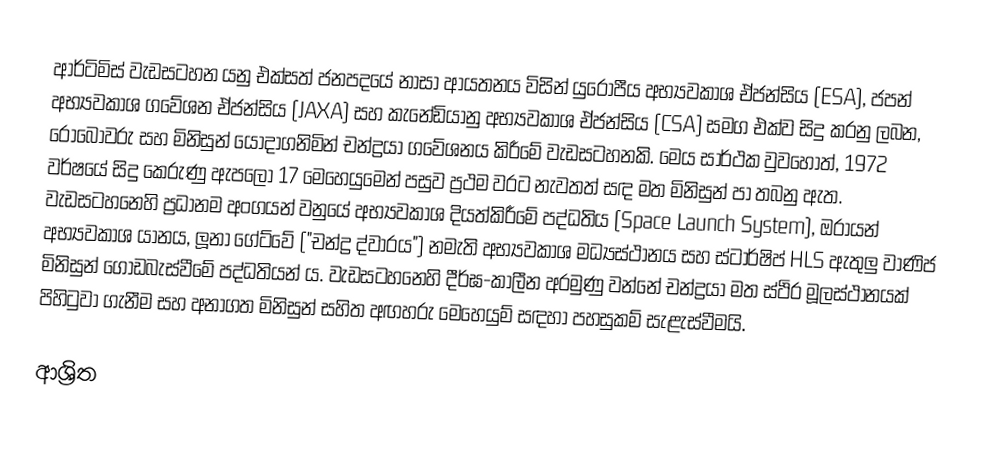
ආර්ටිමිස් වැඩසටහන යනු එක්සත් ජනපදයේ නාසා ආයතනය විසින් යුරෝපීය අභ්‍යවකාශ ඒජන්සිය (ESA), ජපන් අභ්‍යවකාශ ගවේශන ඒජන්සිය (JAXA) සහ කැනේඩියානු අභ්‍යවකාශ ඒජන්සිය (CSA) සමග එක්ව සිදු කරනු ලබන, රොබෝවරු සහ මිනිසුන් යොදාගනිමින් චන්ද්‍රයා ගවේශනය කිරීමේ වැඩසටහනකි. මෙය සාර්ථක වුවහොත්, 1972 වර්ෂයේ සිදු කෙරුණු ඇපලෝ 17 මෙහෙයුමෙන් පසුව ප්‍රථම වරට නැවතත් සඳ මත මිනිසුන් පා තබනු ඇත. වැඩසටහනෙහි ප්‍රධානම අංගයන් වනුයේ අභ්‍යවකාශ දියත්කිරීමේ පද්ධතිය (Space Launch System), ඔරායන් අභ්‍යවකාශ යානය, ලූනා ගේට්වේ ("චන්ද්‍ර ද්වාරය") නමැති අභ්‍යවකාශ මධ්‍යස්ථානය සහ ස්ටාර්ෂිප් HLS ඇතුලු වාණිජ මිනිසුන් ගොඩබැස්වීමේ පද්ධතියන් ය. වැඩසටහනෙහි දීර්ඝ-කාලීන අරමුණු වන්නේ චන්ද්‍රයා මත ස්ථිර මූලස්ථානයක් පිහිටුවා ගැනීම සහ අනාගත මිනිසුන් සහිත අඟහරු මෙහෙයුම් සඳහා පහසුකම් සැළැස්වීමයි.

ආශ්‍රිත